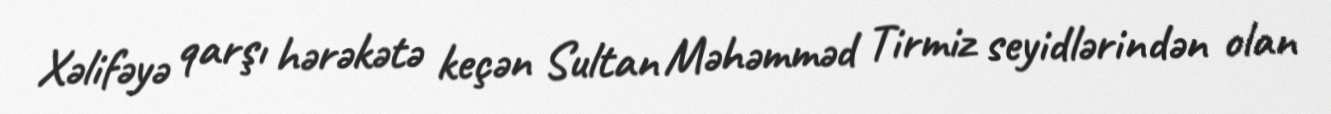
Xəlifəyə qarşı hərəkətə keçən Sultan Məhəmməd Tirmiz seyidlərindən olan